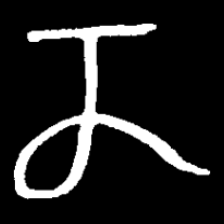
Pyu character \u2014 Myanmar letter: ဏ (romanized: nna)